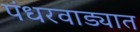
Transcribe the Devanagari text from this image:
पंधरवाड्यात